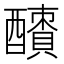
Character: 𨣜